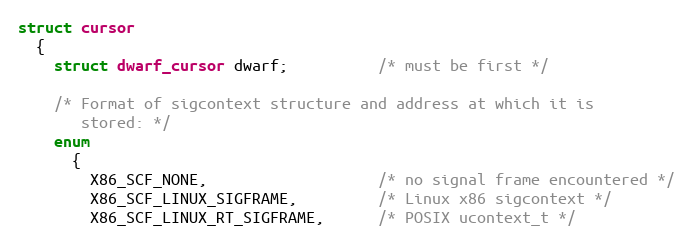
Language: C
struct cursor
  {
    struct dwarf_cursor dwarf;          /* must be first */

    /* Format of sigcontext structure and address at which it is
       stored: */
    enum
      {
        X86_SCF_NONE,                   /* no signal frame encountered */
        X86_SCF_LINUX_SIGFRAME,         /* Linux x86 sigcontext */
        X86_SCF_LINUX_RT_SIGFRAME,      /* POSIX ucontext_t */